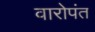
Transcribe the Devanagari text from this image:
वारोपंत